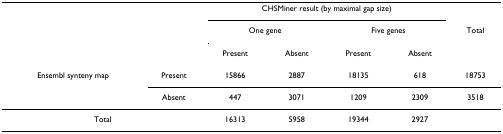
<table><thead><tr><td></td><td></td><td colspan="4"><b>CHSMiner result (by maximal gap size)</b></td><td></td></tr><tr><td></td><td></td><td colspan="2"><b>One gene</b></td><td colspan="2"><b>Five genes</b></td><td><b>Total</b></td></tr><tr><td></td><td></td><td><b>Present</b></td><td><b>Absent</b></td><td><b>Present</b></td><td><b>Absent</b></td><td></td></tr></thead><tbody><tr><td>Ensembl synteny map</td><td>Present</td><td>15866</td><td>2887</td><td>18135</td><td>618</td><td>18753</td></tr><tr><td></td><td>Absent</td><td>447</td><td>3071</td><td>1209</td><td>2309</td><td>3518</td></tr><tr><td colspan="2">Total</td><td>16313</td><td>5958</td><td>19344</td><td>2927</td><td></td></tr></tbody></table>